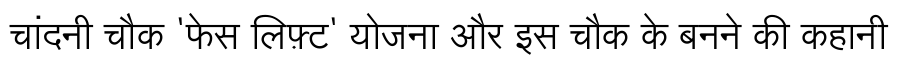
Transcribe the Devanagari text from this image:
चांदनी चौक 'फेस लिफ़्ट' योजना और इस चौक के बनने की कहानी